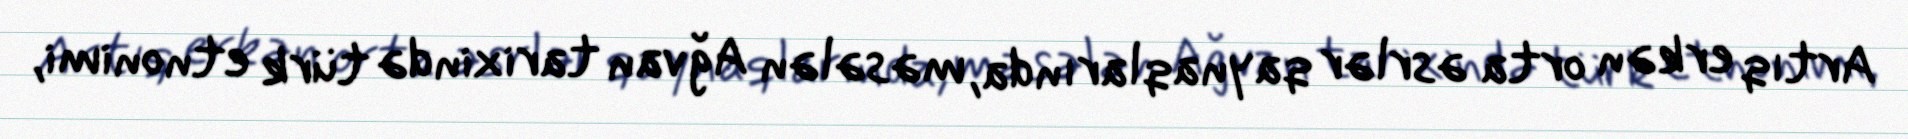
Artıq erkən orta əsrlər qaynaqlarında, məsələn Ağvan tarixində türk etnonimi,